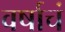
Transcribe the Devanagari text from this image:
वर्षाचं